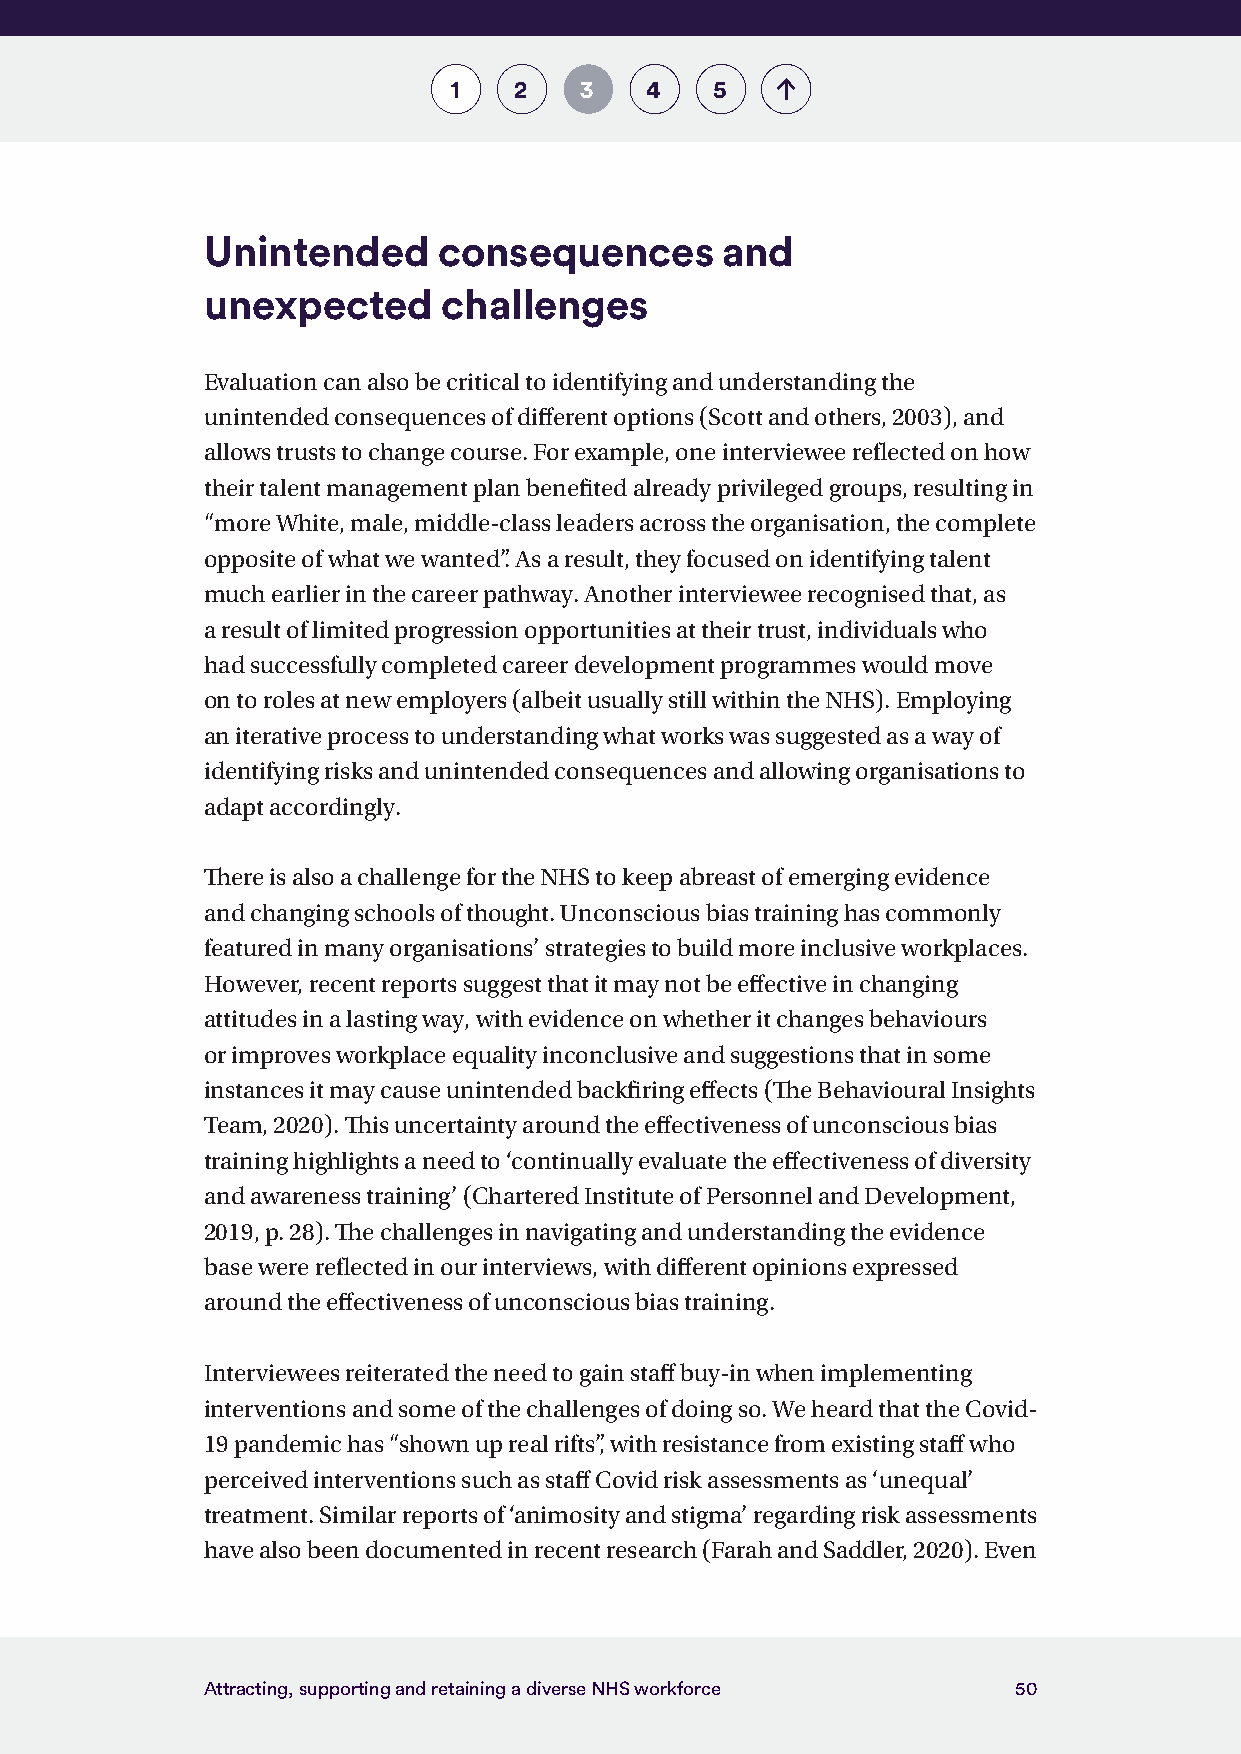
1   2   3    4   5
 Unintended      consequences       and
 unexpected      challenges
 Evaluation can also be critical to identifying and understanding the
 unintended consequences of different options (Scott and others, 2003), and
 allows trusts to change course. For example, one interviewee reflected on how
 their talent management plan benefited already privileged groups, resulting in
 “more White, male, middle-class leaders across the organisation, the complete
 opposite of what we wanted”. As a result, they focused on identifying talent
 much earlier in the career pathway. Another interviewee recognised that, as
 a result of limited progression opportunities at their trust, individuals who
 had successfully completed career development programmes would move
 on to roles at new employers (albeit usually still within the NHS). Employing
 an iterative process to understanding what works was suggested as a way of
 identifying risks and unintended consequences and allowing organisations to
 adapt accordingly.
 There is also a challenge for the NHS to keep abreast of emerging evidence
 and changing schools of thought. Unconscious bias training has commonly
 featured in many organisations’ strategies to build more inclusive workplaces.
 However, recent reports suggest that it may not be effective in changing
 attitudes in a lasting way, with evidence on whether it changes behaviours
 or improves workplace equality inconclusive and suggestions that in some
 instances it may cause unintended backfiring effects (The Behavioural Insights
 Team, 2020). This uncertainty around the effectiveness of unconscious bias
 training highlights a need to ‘continually evaluate the effectiveness of diversity
 and awareness training’ (Chartered Institute of Personnel and Development,
 2019, p. 28). The challenges in navigating and understanding the evidence
 base were reflected in our interviews, with different opinions expressed
 around the effectiveness of unconscious bias training.
 Interviewees reiterated the need to gain staff buy-in when implementing
 interventions and some of the challenges of doing so. We heard that the Covid-
 19 pandemic has “shown up real rifts”, with resistance from existing staff who
 perceived interventions such as staff Covid risk assessments as ‘unequal’
 treatment. Similar reports of ‘animosity and stigma’ regarding risk assessments
 have also been documented in recent research (Farah and Saddler, 2020). Even
 Attracting, supporting and retaining a diverse NHS workforce 50